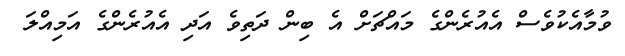
ވުމާއެކުވެސް އެއުރެންގެ މައްޗަށް އެ ބިން ދަތިވެ އަދި އެއުރެންގެ އަމިއްލަ